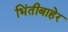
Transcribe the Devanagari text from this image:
भिंतीबाहेर